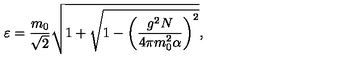
\varepsilon = \frac { m _ { 0 } } { \sqrt { 2 } } \sqrt { 1 + \sqrt { 1 - \left( \frac { g ^ { 2 } N } { 4 \pi m _ { 0 } ^ { 2 } \alpha } \right) ^ { 2 } } } ,